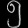
Digit: ၅